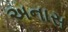
અનાસ